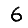
Digit: 6